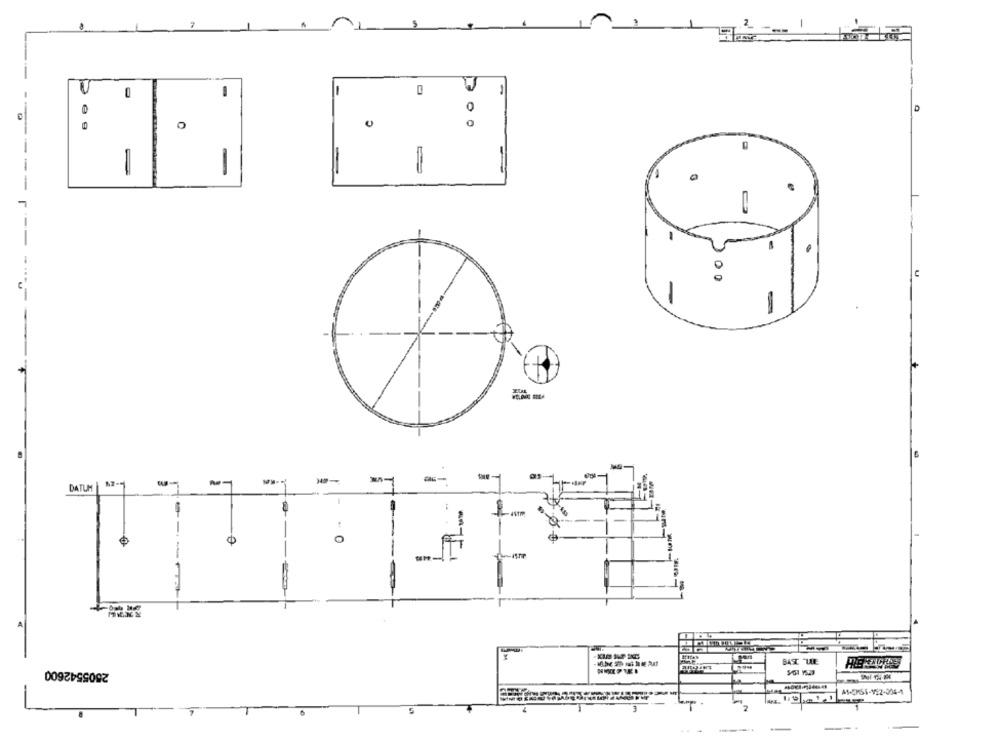
2
2- ---
1
0
-
-
0
0
-
-
=
-
0
C
00
-
-m
DATUM
------
BAT TUE
2505542600
-